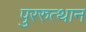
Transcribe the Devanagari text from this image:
पुररुत्थान